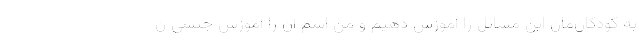
به کودکان‌مان این مسائل را آموزش دهیم و من اسم آن را آموزش جنسی ن